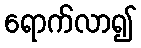
ရောက်လာ၍